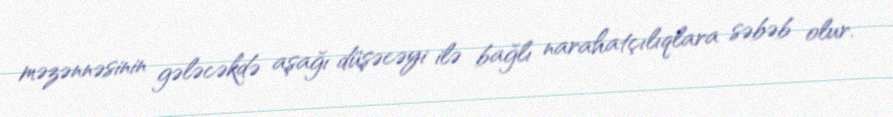
məzənnəsinin gələcəkdə aşağı düşəcəyi ilə bağlı narahatçılıqlara səbəb olur.